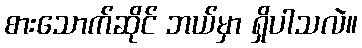
စားသောက်ဆိုင် ဘယ်မှာ ရှိပါသလဲ။